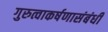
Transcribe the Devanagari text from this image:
गुरुत्वाकर्षणासंबंधी